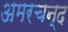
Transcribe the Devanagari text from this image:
अमरचन्द